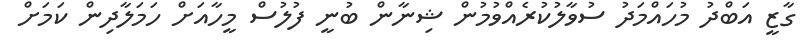
ގާޒީ އަބްދު މުހައްމަދު ސުވާލުކުރެއްވުމުން ޝިނާން ބުނީ ފުލުސް މީހާއަށް ހަމަލާދިން ކަމަށް